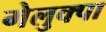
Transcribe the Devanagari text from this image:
गेलुक्पा